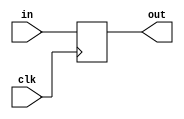
// SPDX-FileCopyrightText: SIMPLE-Crypto Contributors <info@simple-crypto.dev>
// SPDX-License-Identifier: CERN-OHL-P-2.0
// Copyright SIMPLE-Crypto Contributors.
// This source describes Open Hardware and is licensed under the CERN-OHL-P v2.
// You may redistribute and modify this source and make products using it under
// the terms of the CERN-OHL-P v2 (https://ohwr.org/cern_ohl_p_v2.txt).
// This source is distributed WITHOUT ANY EXPRESS OR IMPLIED WARRANTY, INCLUDING
// OF MERCHANTABILITY, SATISFACTORY QUALITY AND FITNESS FOR A PARTICULAR PURPOSE.
// Please see the CERN-OHL-P v2 for applicable conditions.

// Masked register.
`ifdef FULLVERIF
(* fv_prop = "affine", fv_strat="isolate", fv_order=d *)
`endif
`ifndef DEFAULTSHARES
`define DEFAULTSHARES 2
`endif
module MSKreg #(parameter d=`DEFAULTSHARES, parameter count=1) (clk, in, out);

(* fv_type = "clock" *)   input clk;
(* fv_type = "sharing", fv_latency = 0, fv_count=count *) input  [count*d-1:0] in;
(* fv_type = "sharing", fv_latency = 1, fv_count=count *) output [count*d-1:0] out;

reg [count*d-1:0] state;

always @(posedge clk)
    state <= in;

assign out = state;

endmodule